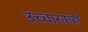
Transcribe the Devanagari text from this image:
उच्चारकही